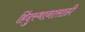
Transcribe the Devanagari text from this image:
हिंदुस्थानासाठी